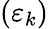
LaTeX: (\varepsilon_{k})